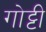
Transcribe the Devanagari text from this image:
गोट्टी